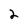
Character: 2